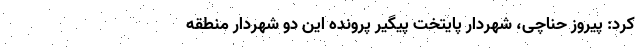
کرد: پیروز حناچی، شهردار پایتخت پیگیر پرونده این دو شهردار منطقه